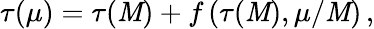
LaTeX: \tau(\mu)=\tau(\mathit{M})+f\left(\tau(\mathit{M}),\mu/\mathit{M}\right)\, ,